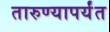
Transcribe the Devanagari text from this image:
तारुण्यापर्यंत